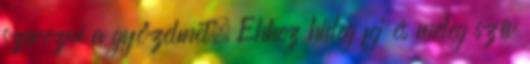
szerezni a győzelmet. Ehhez hideg fej és meleg szív